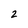
Character: 2